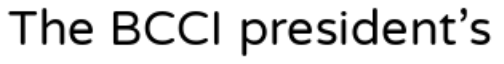
The BCCI president's